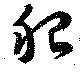
肥